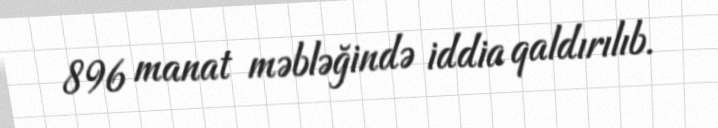
896 manat məbləğində iddia qaldırılıb.